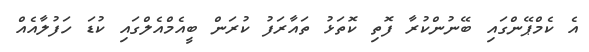
އެ ކެމްޕޭންގައި ބޭނުންކުރާ ފޮތި ކޮތަޅު ތައާރަފު ކުރަން ބީއެމްއެލްގައި ކުޑަ ހަފުލާއެއް